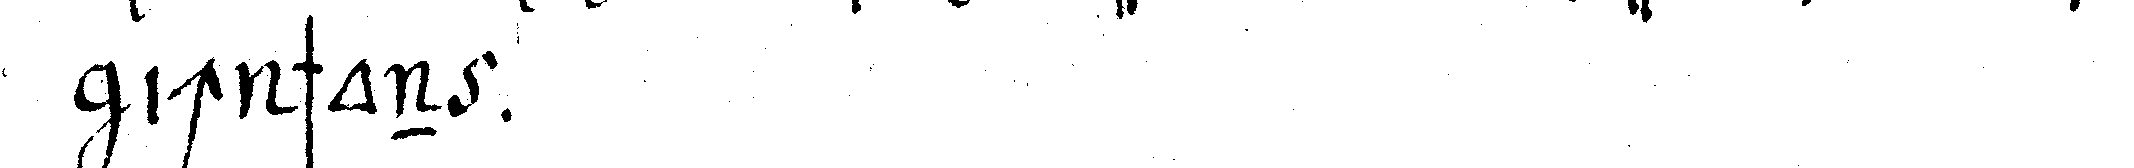
ich schon .